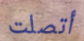
أتصلت